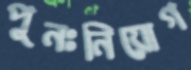
পুনঃনিয়োগ